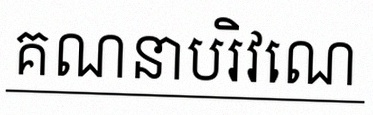
គណនាបរិវេណ